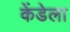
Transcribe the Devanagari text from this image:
केंडेला